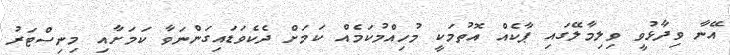
އޭނާ ވިދާޅުވީ ވިލިމާލޭގައި ޕާކެއް އޮތުމަކީ މުހިއްމުކަމެއް ކަމަށް ދެކެވަޑައިގަންނަވާ ކަމަށާއި މިނިސްޓަރު